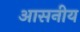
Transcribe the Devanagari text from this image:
आसनीय